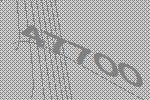
47700